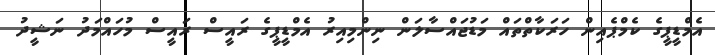
އެމްޑީޕީގެ ކެމްޕެއިން ހަރަކާތްތައް މަޑުޖައްސާލަން ނިންމިއިރު އެމްޑީޕީގެ ރައީސް ރައީސް މުހައްމަދު ނަޝީދު